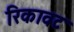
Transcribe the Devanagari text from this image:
रिकावट